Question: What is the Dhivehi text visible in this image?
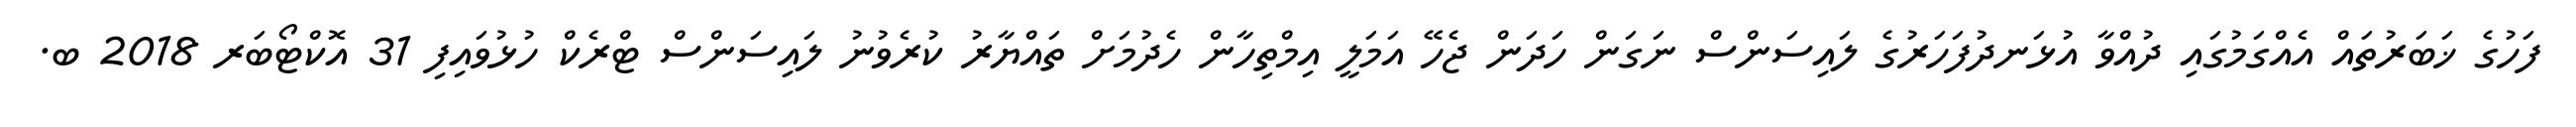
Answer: ފަހުގެ ޚަބަރުތައް އެއްގަމުގައި ދުއްވާ އުޅަނދުފަހަރުގެ ލައިސަންސް ނަގަން ހަދަން ޖެހޭ އަމަލީ އިމްތިހާން ހެދުމަށް ތައްޔާރު ކުރެވުނު ލައިސަންސް ޓްރެކް ހުޅުވައިފި 31 އޮކްޓޯބަރ 2018 ބ.